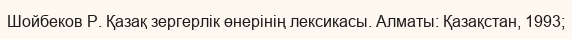
Шойбеков Р. Қазақ зергерлік өнерінің лексикасы. Алматы: Қазақстан, 1993;